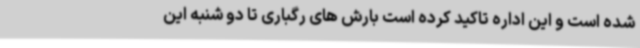
شده است و این اداره تاکید کرده است بارش های رگباری تا دو شنبه این